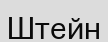
Штейн